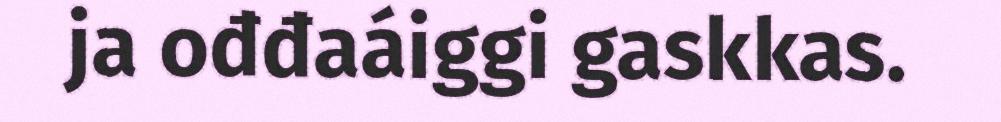
ja ođđaáiggi gaskkas.